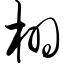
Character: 栩